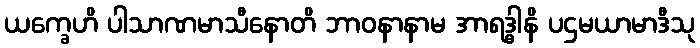
ယက္ခေဟိ ပါသာဏမာသီနောတိ ဘာဝနာနာမ အာရဒ္ဓါနိ ပဌမယာမာဒီသု